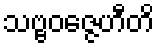
သဗ္ဗဝဇ္ဇေဟီတိ